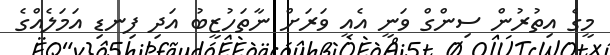
މީގެ އިތުރުން ސިންގް ވަނީ އެއީ ވަރަށް ނާތަހުޒީބު އަދި ފިނޑި އަމަލެއްގެ